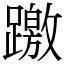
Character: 躈